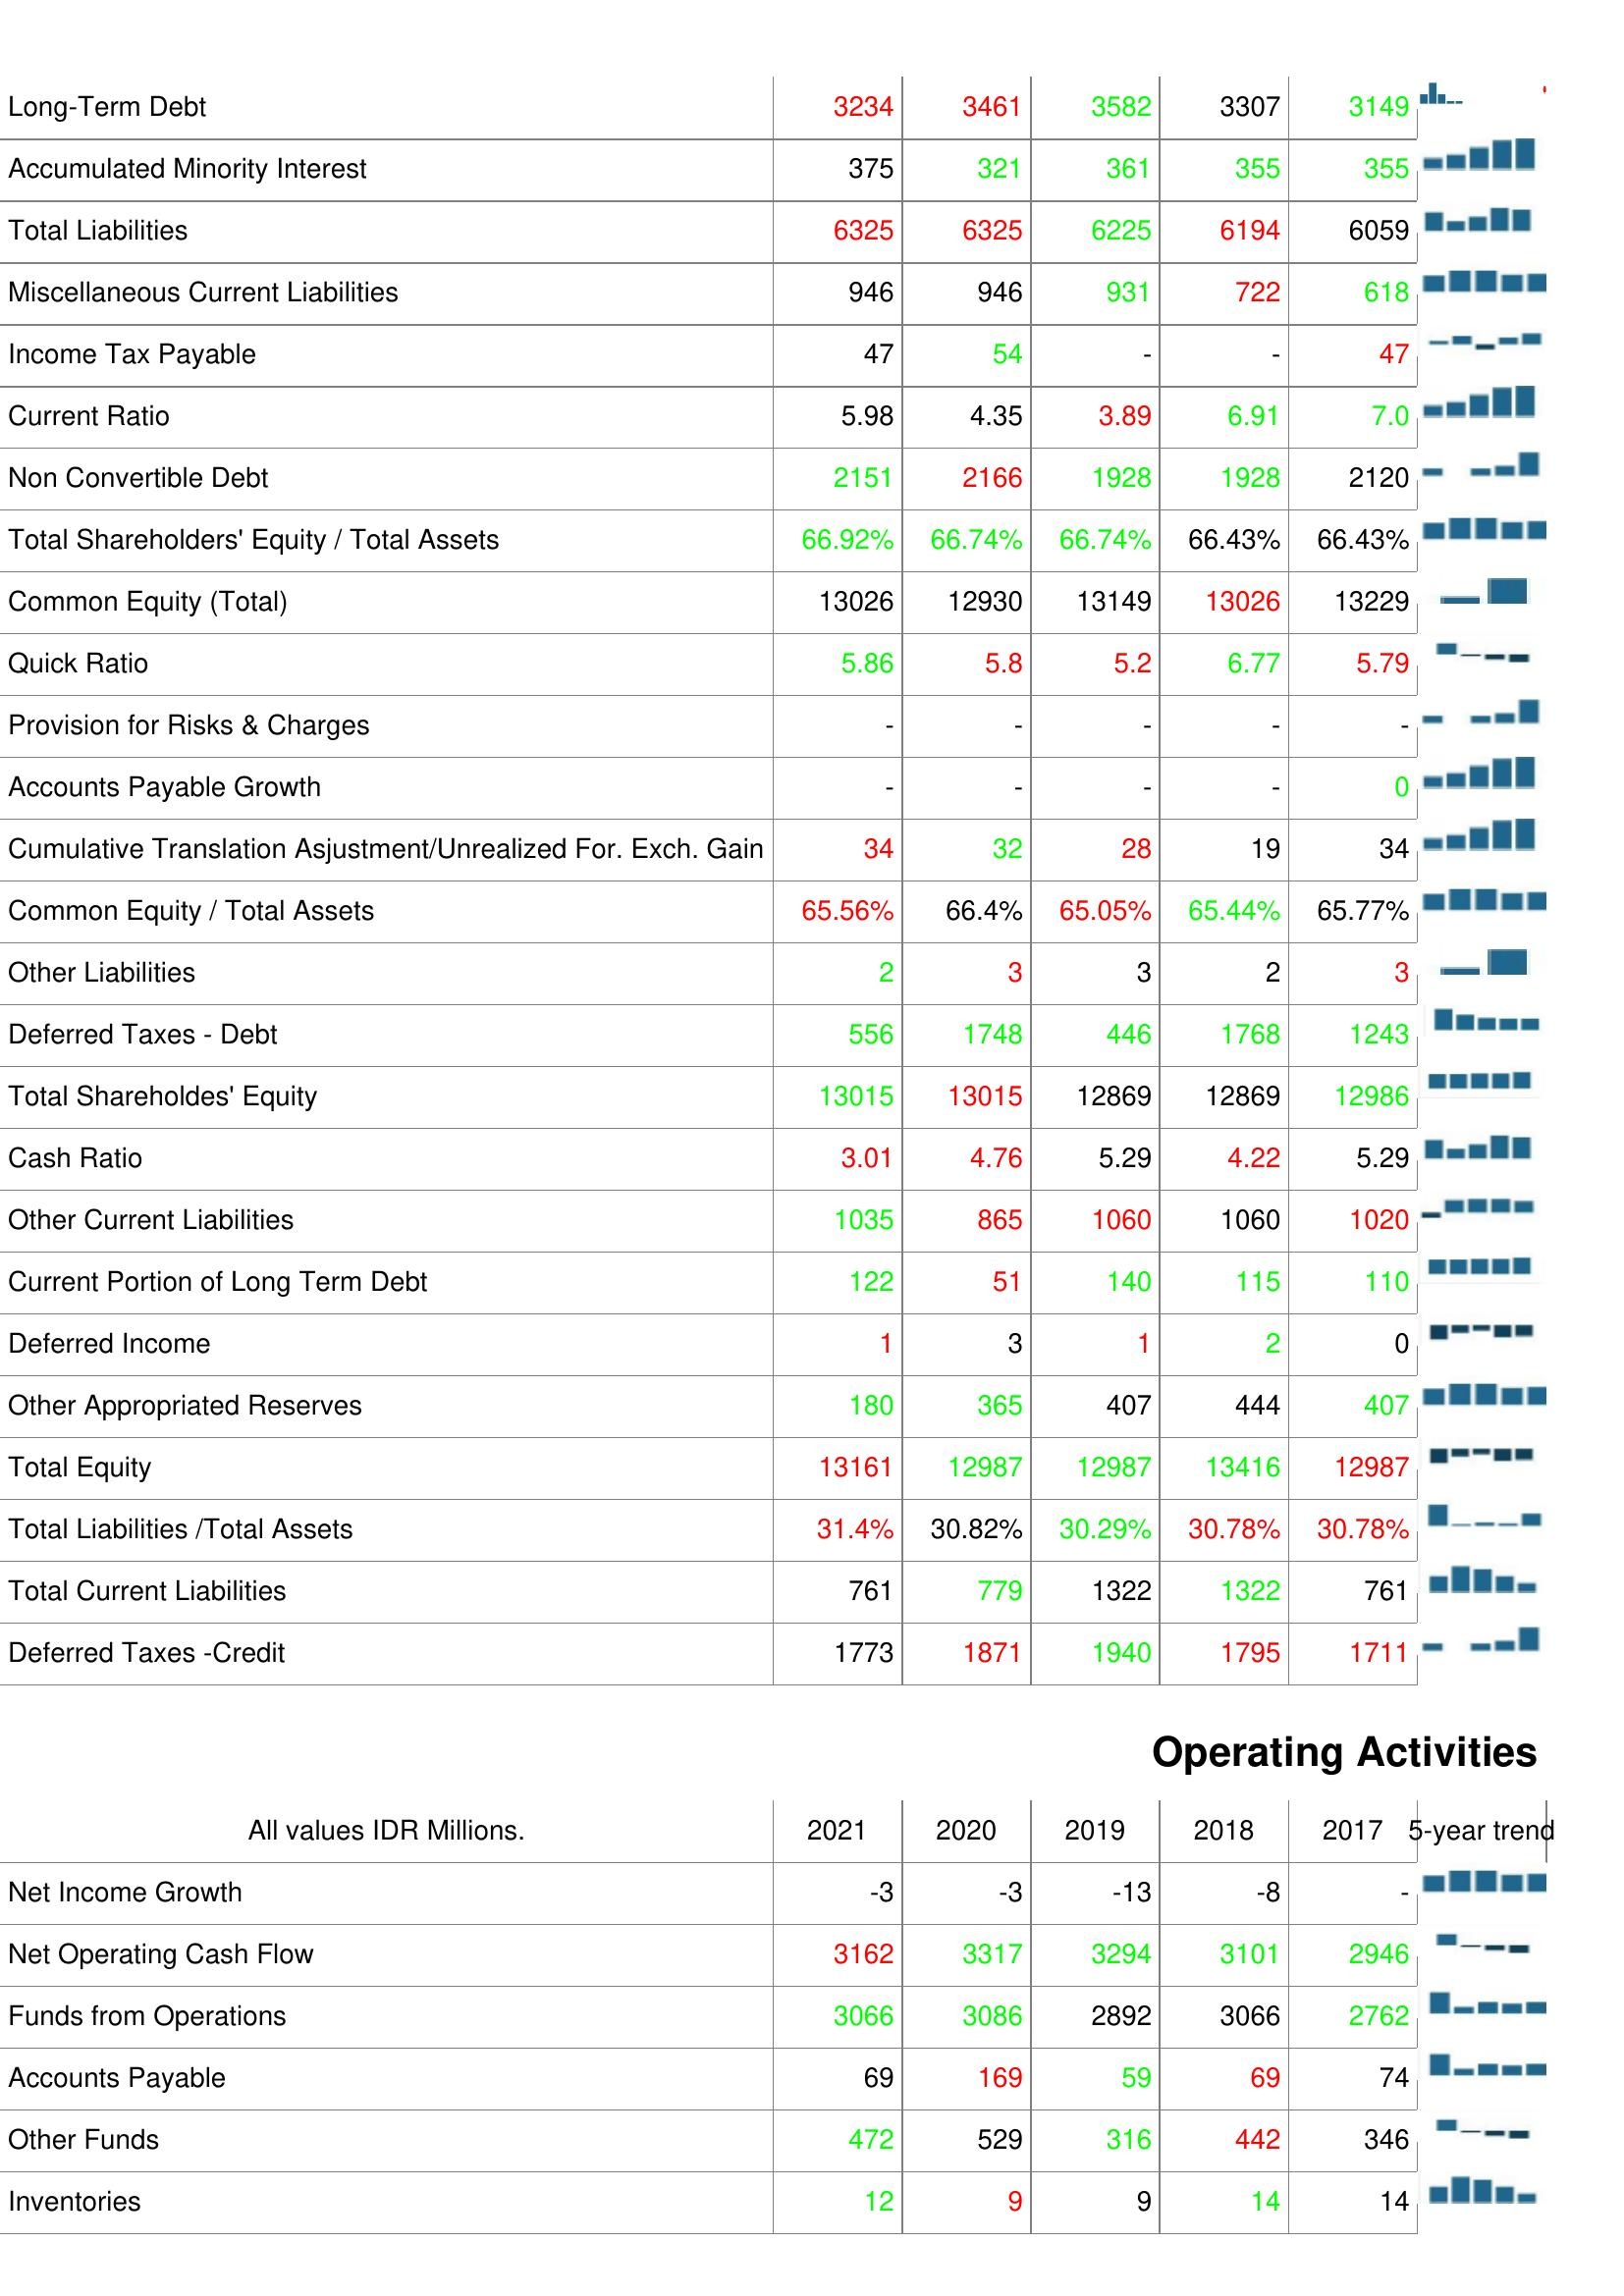
2021: Liabilities & Shareholder's Equity: Long-Term Debt: 3234
Accumulated Minority Interest: 375
Total Liabilities: 6325
Miscellaneous Current Liabilities: 946
Income Tax Payable: 47
Current Ratio: 5.98
Non Convertible Debt: 2151
Total Shareholders' Equity / Total Assets: 66.92%
Common Equity (Total): 13026
Quick Ratio: 5.86
Provision for Risks & Charges: -
Accounts Payable Growth: -
Cumulative Translation Asjustment/Unrealized For. Exch. Gain: 34
Common Equity / Total Assets: 65.56%
Other Liabilities: 2
Deferred Taxes - Debt: 556
Total Shareholdes' Equity: 13015
Cash Ratio: 3.01
Other Current Liabilities: 1035
Current Portion of Long Term Debt: 122
Deferred Income: 1
Other Appropriated Reserves: 180
Total Equity: 13161
Total Liabilities /Total Assets: 31.4%
Total Current Liabilities: 761
Deferred Taxes -Credit: 1773
Operating Activities: Net Income Growth: -3
Net Operating Cash Flow: 3162
Funds from Operations: 3066
Accounts Payable: 69
Other Funds: 472
Inventories: 12
2020: Liabilities & Shareholder's Equity: Long-Term Debt: 3461
Accumulated Minority Interest: 321
Total Liabilities: 6325
Miscellaneous Current Liabilities: 946
Income Tax Payable: 54
Current Ratio: 4.35
Non Convertible Debt: 2166
Total Shareholders' Equity / Total Assets: 66.74%
Common Equity (Total): 12930
Quick Ratio: 5.8
Provision for Risks & Charges: -
Accounts Payable Growth: -
Cumulative Translation Asjustment/Unrealized For. Exch. Gain: 32
Common Equity / Total Assets: 66.4%
Other Liabilities: 3
Deferred Taxes - Debt: 1748
Total Shareholdes' Equity: 13015
Cash Ratio: 4.76
Other Current Liabilities: 865
Current Portion of Long Term Debt: 51
Deferred Income: 3
Other Appropriated Reserves: 365
Total Equity: 12987
Total Liabilities /Total Assets: 30.82%
Total Current Liabilities: 779
Deferred Taxes -Credit: 1871
Operating Activities: Net Income Growth: -3
Net Operating Cash Flow: 3317
Funds from Operations: 3086
Accounts Payable: 169
Other Funds: 529
Inventories: 9
2019: Liabilities & Shareholder's Equity: Long-Term Debt: 3582
Accumulated Minority Interest: 361
Total Liabilities: 6225
Miscellaneous Current Liabilities: 931
Income Tax Payable: -
Current Ratio: 3.89
Non Convertible Debt: 1928
Total Shareholders' Equity / Total Assets: 66.74%
Common Equity (Total): 13149
Quick Ratio: 5.2
Provision for Risks & Charges: -
Accounts Payable Growth: -
Cumulative Translation Asjustment/Unrealized For. Exch. Gain: 28
Common Equity / Total Assets: 65.05%
Other Liabilities: 3
Deferred Taxes - Debt: 446
Total Shareholdes' Equity: 12869
Cash Ratio: 5.29
Other Current Liabilities: 1060
Current Portion of Long Term Debt: 140
Deferred Income: 1
Other Appropriated Reserves: 407
Total Equity: 12987
Total Liabilities /Total Assets: 30.29%
Total Current Liabilities: 1322
Deferred Taxes -Credit: 1940
Operating Activities: Net Income Growth: -13
Net Operating Cash Flow: 3294
Funds from Operations: 2892
Accounts Payable: 59
Other Funds: 316
Inventories: 9
2018: Liabilities & Shareholder's Equity: Long-Term Debt: 3307
Accumulated Minority Interest: 355
Total Liabilities: 6194
Miscellaneous Current Liabilities: 722
Income Tax Payable: -
Current Ratio: 6.91
Non Convertible Debt: 1928
Total Shareholders' Equity / Total Assets: 66.43%
Common Equity (Total): 13026
Quick Ratio: 6.77
Provision for Risks & Charges: -
Accounts Payable Growth: -
Cumulative Translation Asjustment/Unrealized For. Exch. Gain: 19
Common Equity / Total Assets: 65.44%
Other Liabilities: 2
Deferred Taxes - Debt: 1768
Total Shareholdes' Equity: 12869
Cash Ratio: 4.22
Other Current Liabilities: 1060
Current Portion of Long Term Debt: 115
Deferred Income: 2
Other Appropriated Reserves: 444
Total Equity: 13416
Total Liabilities /Total Assets: 30.78%
Total Current Liabilities: 1322
Deferred Taxes -Credit: 1795
Operating Activities: Net Income Growth: -8
Net Operating Cash Flow: 3101
Funds from Operations: 3066
Accounts Payable: 69
Other Funds: 442
Inventories: 14
2017: Liabilities & Shareholder's Equity: Long-Term Debt: 3149
Accumulated Minority Interest: 355
Total Liabilities: 6059
Miscellaneous Current Liabilities: 618
Income Tax Payable: 47
Current Ratio: 7.0
Non Convertible Debt: 2120
Total Shareholders' Equity / Total Assets: 66.43%
Common Equity (Total): 13229
Quick Ratio: 5.79
Provision for Risks & Charges: -
Accounts Payable Growth: 0
Cumulative Translation Asjustment/Unrealized For. Exch. Gain: 34
Common Equity / Total Assets: 65.77%
Other Liabilities: 3
Deferred Taxes - Debt: 1243
Total Shareholdes' Equity: 12986
Cash Ratio: 5.29
Other Current Liabilities: 1020
Current Portion of Long Term Debt: 110
Deferred Income: 0
Other Appropriated Reserves: 407
Total Equity: 12987
Total Liabilities /Total Assets: 30.78%
Total Current Liabilities: 761
Deferred Taxes -Credit: 1711
Operating Activities: Net Income Growth: -
Net Operating Cash Flow: 2946
Funds from Operations: 2762
Accounts Payable: 74
Other Funds: 346
Inventories: 14